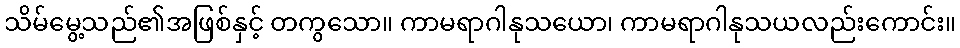
သိမ်မွေ့သည်၏အဖြစ်နှင့် တကွသော။ ကာမရာဂါနုသယော၊ ကာမရာဂါနုသယလည်းကောင်း။